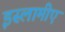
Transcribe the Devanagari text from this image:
इस्लामीए